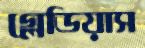
গ্লেডিয়াস